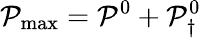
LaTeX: \mathcal P_{\operatorname*{max}}=\mathcal P^{0}+\mathcal P_{\dagger}^{0}